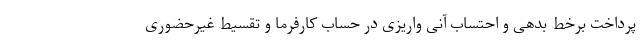
پرداخت برخط بدهی و احتساب آنی واریزی در حساب کارفرما و تقسیط غیرحضوری